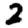
Digit: 2